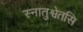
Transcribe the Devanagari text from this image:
स्नातुश्वेतसि